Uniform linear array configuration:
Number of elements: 24
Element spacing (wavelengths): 0.75
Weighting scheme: hamming
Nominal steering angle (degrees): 30
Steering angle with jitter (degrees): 28.38
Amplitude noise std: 0.05
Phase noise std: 0.05

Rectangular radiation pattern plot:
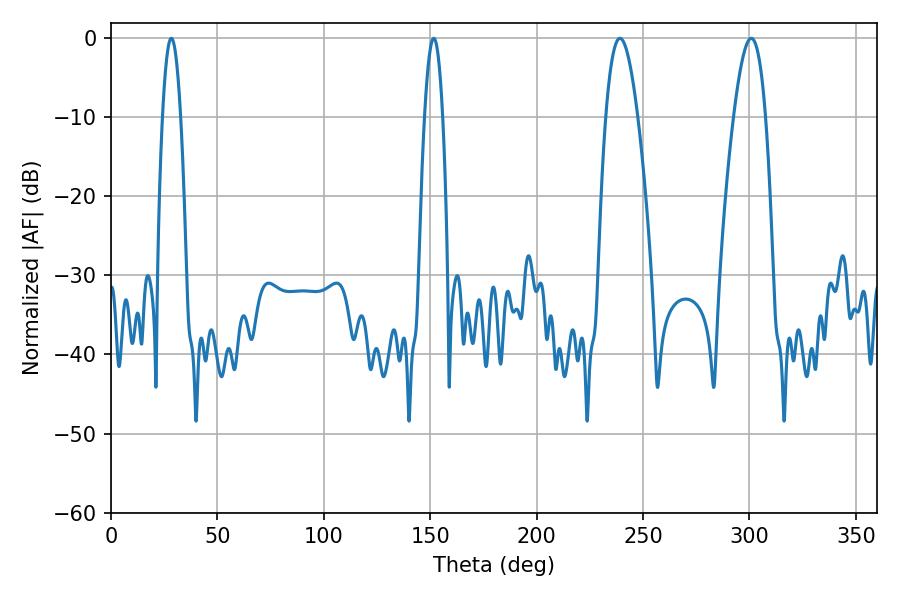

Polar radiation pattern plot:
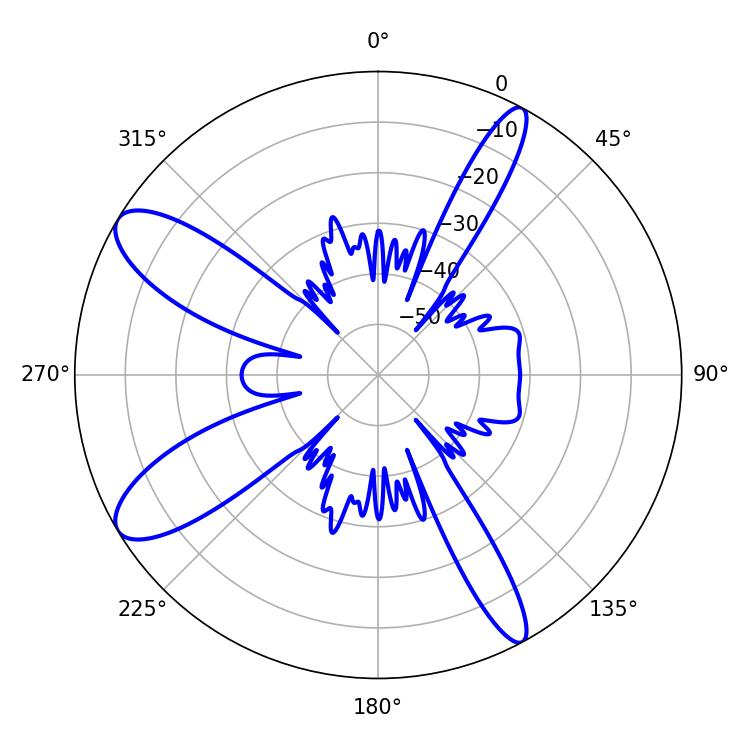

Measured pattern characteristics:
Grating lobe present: TRUE
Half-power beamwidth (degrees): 8.28
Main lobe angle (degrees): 300.78